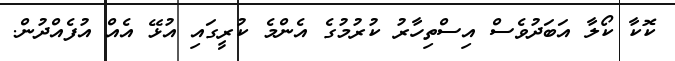
ކޮކާ ކޯލާ އަަބަދުވެސް އިސްތިހާރު ކުރުމުގެ އެންމެ ކުރީގައި އުޅޭ އެއް އުފެއްދުން.